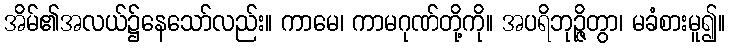
အိမ်၏အလယ်၌နေသော်လည်း။ ကာမေ၊ ကာမဂုဏ်တို့ကို။ အပရိဘုဉ္ဇိတွာ၊ မခံစားမူ၍။